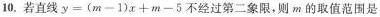
10. 若直线 $$y = ( m - 1 ) x + m - 5$$ 不经过第二象限，则 m 的取值范围是